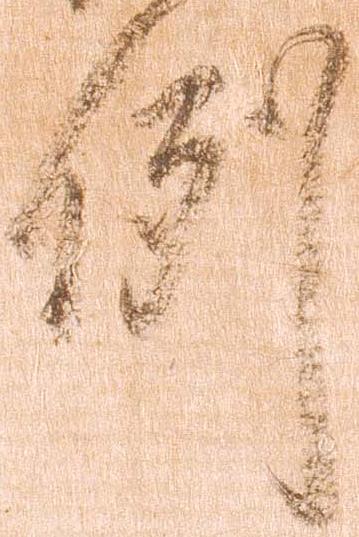
例